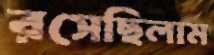
রসেছিলাম